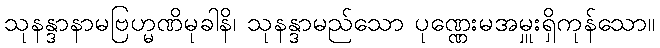
သုနန္ဒာနာမဗြဟ္မဏိမုခါနိ၊ သုနန္ဒာမည်သော ပုဏ္ဏေးမအမှူးရှိကုန်သော။